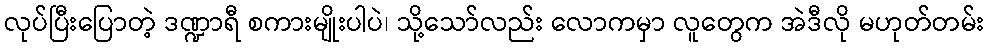
လုပ်ပြီးပြောတဲ့ ဒဏ္ဍာရီ စကားမျိုးပါပဲ၊ သို့သော်လည်း လောကမှာ လူတွေက အဲဒီလို မဟုတ်တမ်း